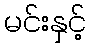
မင်းနှင့်